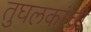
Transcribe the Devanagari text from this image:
तुघलकांची